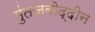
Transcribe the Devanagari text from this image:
मुंतजबोद्दीन